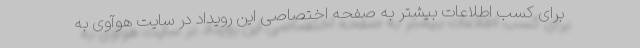
برای کسب اطلاعات بیشتر به صفحه اختصاصی این رویداد در سایت هوآوی به